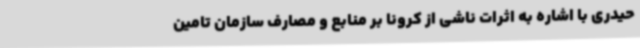
حیدری با اشاره به اثرات ناشی از کرونا بر منابع و مصارف سازمان تامین